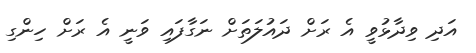
އަދި ވިދާޅުވީ އެ ރަށް ދައުލަތަށް ނަގާފައި ވަނީ އެ ރަށް ހިންގި